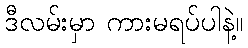
ဒီလမ်းမှာ ကားမရပ်ပါနဲ့။